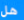
هل